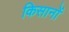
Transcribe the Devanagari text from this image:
किसानोंं